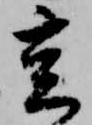
亥